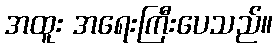
အထူး အရေးကြီးပေသည်။